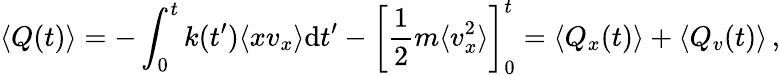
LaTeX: \langle Q(t)\rangle=-\int_{0}^{t}k(t^{\prime})\langle xv_{x}\rangle\mathrm dt^{\prime}-\left[\frac{1}{2}m\langle v_{x}^{2}\rangle\right]_{0}^{t}=\langle Q_{x}(t)\rangle+\langle Q_{v}(t)\rangle\, ,